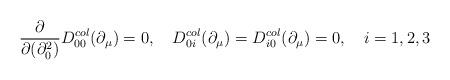
LaTeX: \begin{align*} \frac{\partial}{\partial(\partial^2_0)} D^{col}_{00}(\partial_{\mu}) = 0,\quad D^{col}_{0i}(\partial_{\mu}) = D^{col}_{i0}(\partial_{\mu}) = 0,\quad i = 1, 2, 3\end{align*}